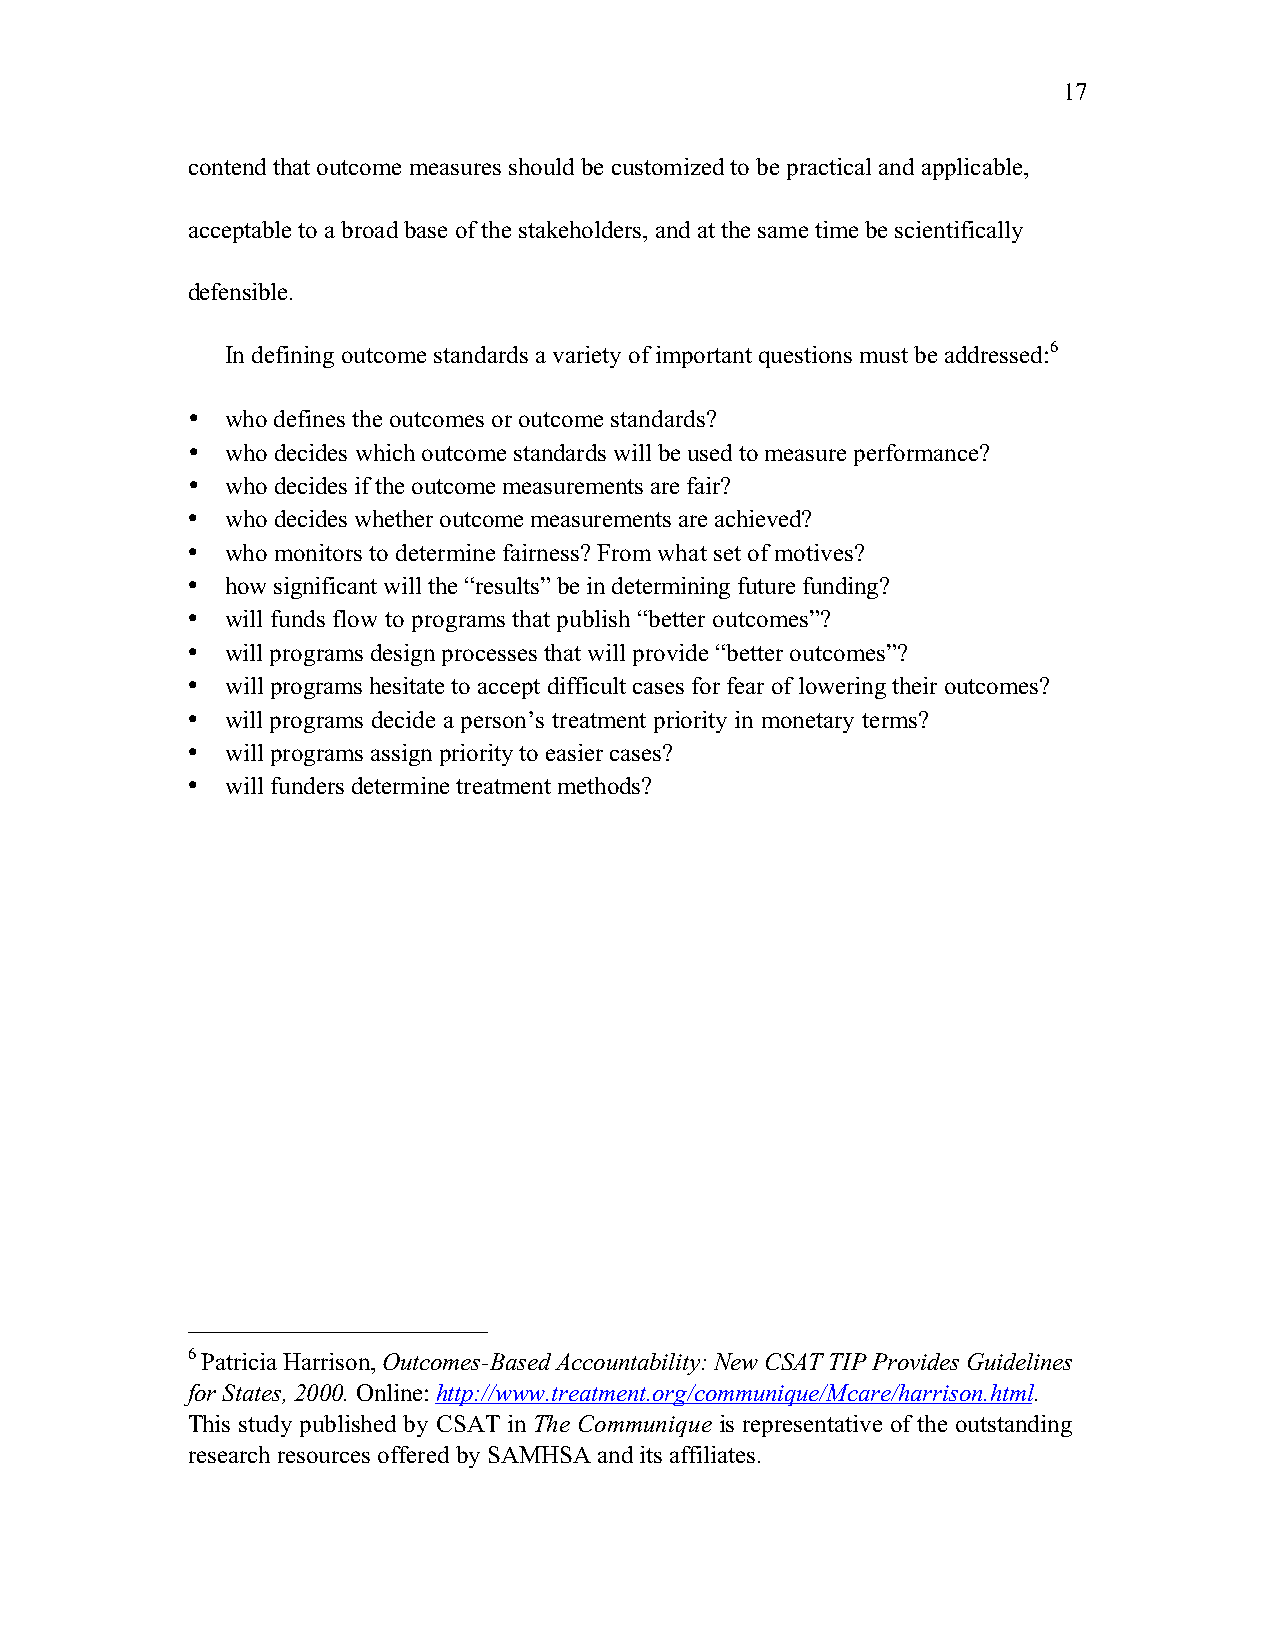
17
 contend that outcome measures should be customized to be practical and applicable,
 acceptable to a broad base of the stakeholders, and at the same time be scientifically
 defensible.
 In defining outcome standards a variety of important questions must be addressed:6
 •  who defines the outcomes or outcome standards?
 •  who decides which outcome standards will be used to measure performance?
 •  who decides if the outcome measurements are fair?
 •  who decides whether outcome measurements are achieved?
 •  who monitors to determine fairness? From what set of motives?
 •  how significant will the “results” be in determining future funding?
 •  will funds flow to programs that publish “better outcomes”?
 •  will programs design processes that will provide “better outcomes”?
 •  will programs hesitate to accept difficult cases for fear of lowering their outcomes?
 •  will programs decide a person’s treatment priority in monetary terms?
 •  will programs assign priority to easier cases?
 •  will funders determine treatment methods?
 6 Patricia Harrison, Outcomes-Based Accountability: New CSAT TIP Provides Guidelines
 for States, 2000. Online: http://www.treatment.org/communique/Mcare/harrison.html.
 This study published by CSAT in The Communique is representative of the outstanding
 research resources offered by SAMHSA and its affiliates.